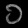
Digit: ၁